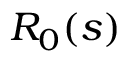
R _ { 0 } ( s )